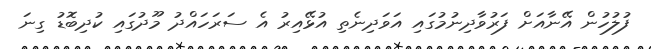
ފުލުހުން އޭނާއަށް ފަރުވާދިނުމުގައި އަވަދިނެތި އުޅޭއިރު އެ ސަރަހައްދު މޫދުގައި ކުދިބޮޑު ގިނަ